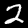
Digit: 2